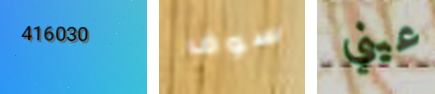
416030 سوف عيني